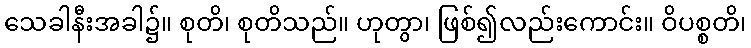
သေခါနီးအခါ၌။ စုတိ၊ စုတိသည်။ ဟုတွာ၊ ဖြစ်၍လည်းကောင်း။ ဝိပစ္စတိ၊